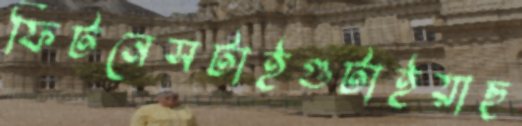
ফিটনেসটাইগুটাইয়াছ